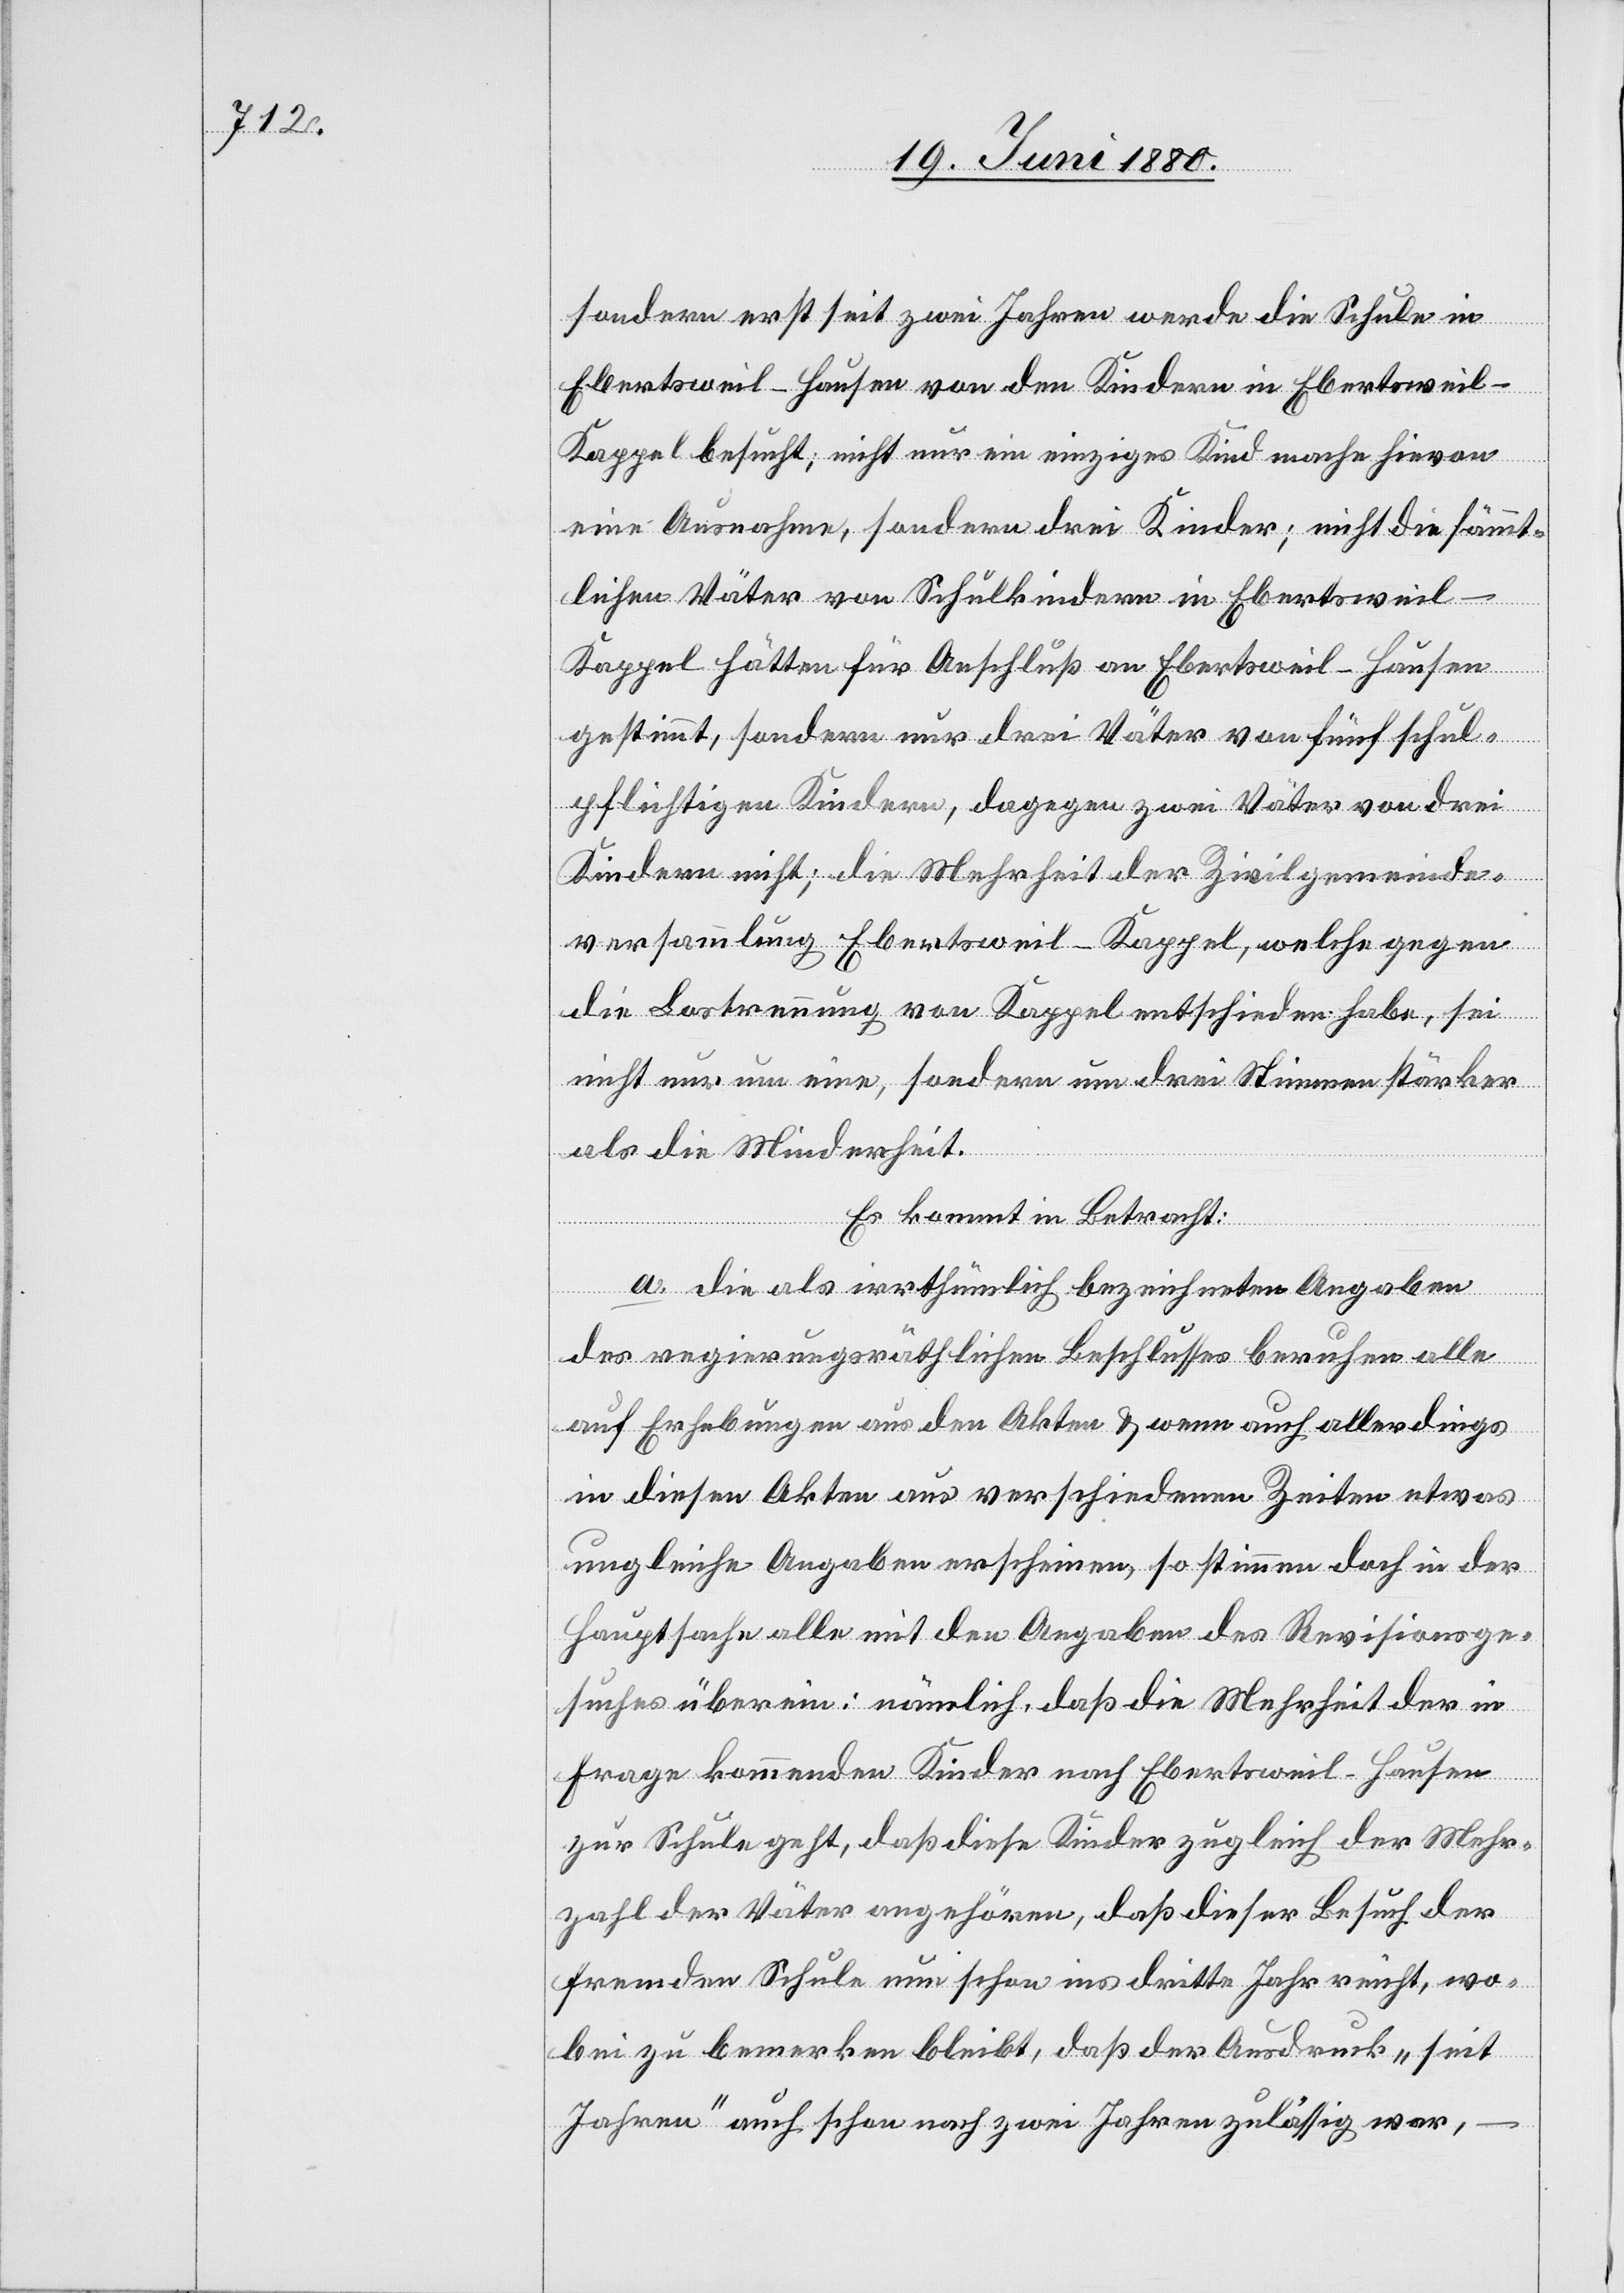
sondern erst seit zwei Jahren werde die Schule in
Ebertsweil-Hausen von den Kindern in Ebertsweil-K¬
appel besucht; nicht nur ein einziges Kinde mache hievon
eine Ausnahme, sondern drei Kinder; nicht die sämmt¬
lichen Väter von Schulkindern in Ebertsweil-K¬
appel hätten für Anschluß an Ebertsweil-Kappel
gestimmt, sondern nur drei Väter von fünf schul¬
pflichtigen Kindern, dagegen zwei Väter von drei
Kindern nicht; die Mehrheit der Zivilgemeinde¬
versammlung Ebertsweil-Kappel, welche gegen
die Lostrennung von Kappel entschieden habe, sei
nicht nur um eine, sondern um drei Stimmen stärker
als die Minderheit.
Es kommt in Betracht:
a. Die als irrthümlich bezeichneten Angaben
des regierungsräthlichen Beschlusses beruhen alle
auf Erhebungen aus den Akten & wenn auch allerdings
in diesen Akten aus verschiedenen Zeiten etwas
ungleiche Angaben erscheinen, so stimmen doch in der
Hauptsache alle mit den Angaben des Revisionsge¬
suches überein: nämlich, daß die Mehrheit der in
Frage kommenden Kinder nach Ebertsweil-Hausen
zur Schule geht, daß diese Kinder zugleich der Mehr¬
zahl der Väter angehören, daß dieser Besuch der
fremden Schule nun schon ins dritte Jahr reicht, wo¬
bei zu bemerken bleibt, daß der Ausdruck „seit
Jahren“ auch schon nach zwei Jahren zulässig war,

–